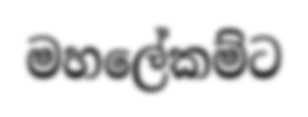
මහලේකම්ට